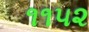
૧૧૫૨